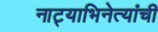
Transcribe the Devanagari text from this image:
नाट्याभिनेत्यांची